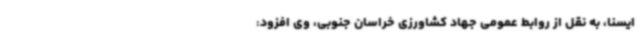
ایسنا، به نقل از روابط عمومی جهاد کشاورزی خراسان جنوبی، وی افزود: